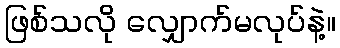
ဖြစ်သလို လျှောက်မလုပ်နဲ့။